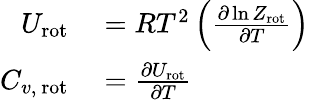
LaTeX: \begin{array}{rl}{U_{\mathrm{rot}}}&{{}=RT^{2}\left({\frac{\partial\ln Z_{\mathrm{rot}}}{\partial T}}\right)}\\ {C_{v,{\mathrm{~rot}}}}&{{}={\frac{\partial U_{\mathrm{rot}}}{\partial T}}}\end{array}